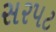
સરપટ